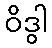
ဝိဒွါ